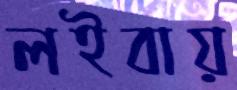
লইবায়